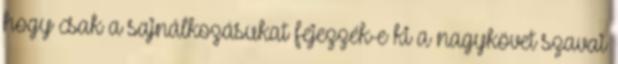
hogy csak a sajnálkozásukat fejezzék-e ki a nagykövet szavai